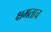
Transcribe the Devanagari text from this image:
क्षमताच